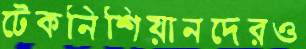
টেকনিশিয়ানদেরও